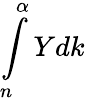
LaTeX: \int\limits_{n}^{\alpha}Ydk